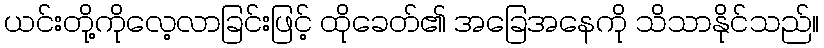
ယင်းတို့ကိုလေ့လာခြင်းဖြင့် ထိုခေတ်၏ အခြေအနေကို သိသာနိုင်သည်။